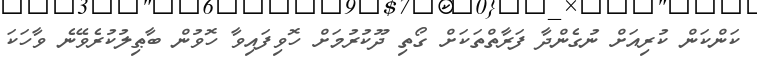
ކަންކަން ކުރިއަށް ނުގެންދާ ފަރާތްތަކަށް ގޯތި ދޫކުރުމަށް ހޮވިފައިވާ ހޮވުން ބާޠިލުކުރެވޭނެ ވާހަކަ